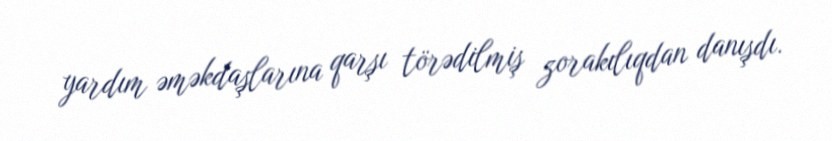
yardım əməkdaşlarına qarşı törədilmiş zorakılıqdan danışdı.